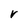
Character: V